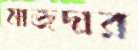
মাজদার